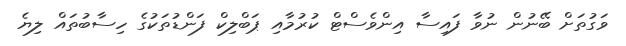
ވަގުތަށް ބޭނުން ނުވާ ފައިސާ އިންވެސްޓް ކުރުމާއި ޕަބްލިކް ފަންޑުތަކުގެ ހިސާބުތައް ލިޔެ